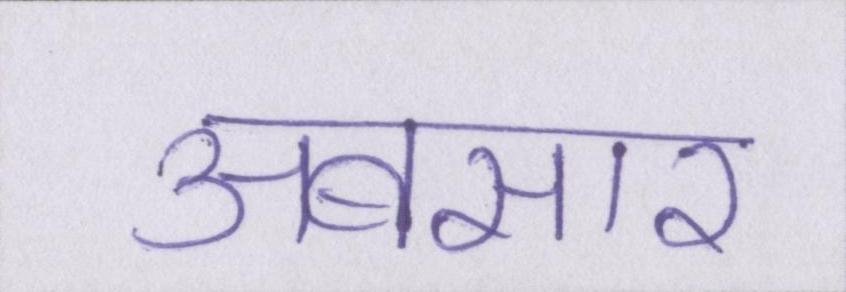
अबसार